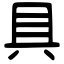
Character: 具